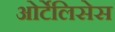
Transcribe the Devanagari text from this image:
ओर्टेलिसेस